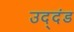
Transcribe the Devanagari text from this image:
उद्‌दंड